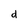
Character: d